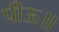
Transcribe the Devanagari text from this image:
पीऊ॥